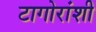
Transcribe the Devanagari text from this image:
टागोरांशी